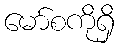
မော်စကိုရှိ